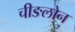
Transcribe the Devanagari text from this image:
चीङलोन